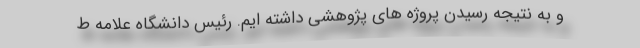
و به نتیجه رسیدن پروژه های پژوهشی داشته ایم. رئیس دانشگاه علامه ط